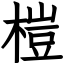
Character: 榿